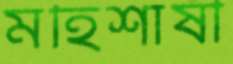
মহিশাষী